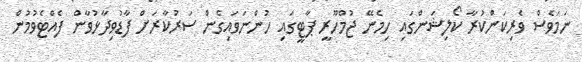
ނަމަވެސް ވެރިކަންކުރާ ކޯލިޝަންގައި ހިމެނޭ ޖުމްހޫރީ ޕާޓީގައި ހުންނަވައިގެން ސަރުކާރަށް ފާޑުވިދާޅުވާން ފެއްޓެވުމުން